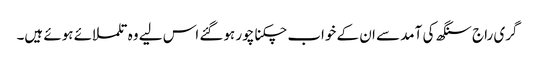
گری راج سنگھ کی آمد سے ان کے خواب چکنا چور ہوگئے اس لیے وہ تلملائے ہوئے ہیں۔